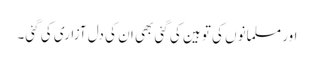
اور مسلمانوں کی توہین کی گئی بھی ان کی دل آزاری کی گئی۔